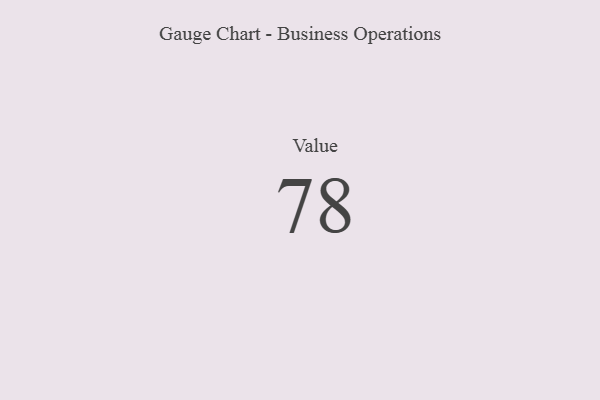
{"axis": {"x": "Metric", "y": "Value"}, "legend": [""], "data": [{"x": "Value", "y": 78, "type": ""}]}